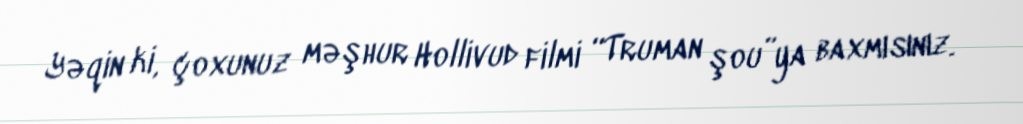
Yəqin ki, çoxunuz məşhur Hollivud filmi “Truman şou”ya baxmısınız.